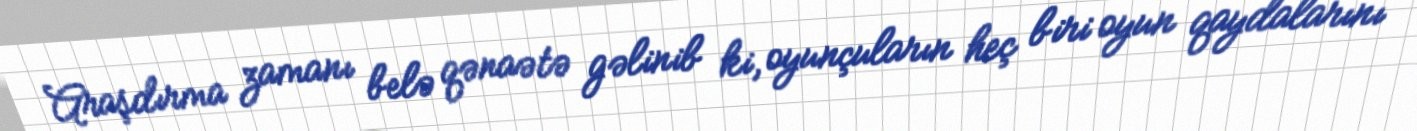
Araşdırma zamanı belə qənaətə gəlinib ki, oyunçuların heç biri oyun qaydalarını